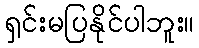
ရှင်းမပြနိုင်ပါဘူး။